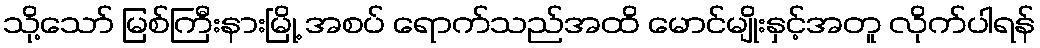
သို့သော် မြစ်ကြီးနားမြို့ အစပ် ရောက်သည်အထိ မောင်မျိုးနှင့်အတူ လိုက်ပါရန်